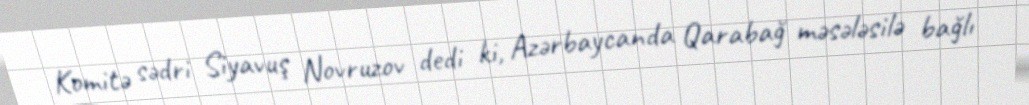
Komitə sədri Siyavuş Novruzov dedi ki, Azərbaycanda Qarabağ məsələsilə bağlı